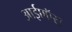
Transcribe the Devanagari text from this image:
आईएऍस